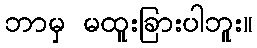
ဘာမှ မထူးခြားပါဘူး။